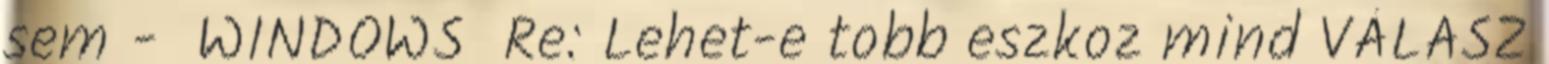
sem - WINDOWS Re: Lehet-e tobb eszkoz mind VÁLASZ